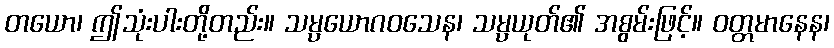
တယော၊ ဤသုံးပါးတို့တည်း။ သမ္ပယောဂဝသေန၊ သမ္ပယုတ်၏ အစွမ်းဖြင့်။ ဝတ္တမာနေန၊